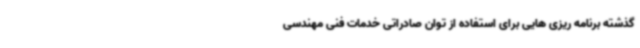
گذشته برنامه ریزی هایی برای استفاده از توان صادراتی خدمات فنی مهندسی